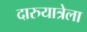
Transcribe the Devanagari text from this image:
दारुयात्रेला